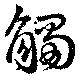
觸